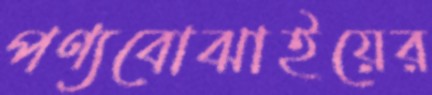
পণ্যবোঝাইয়ের